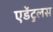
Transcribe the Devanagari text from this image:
एडेंटुलस